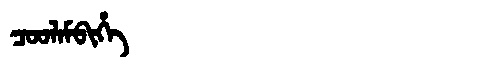
Manchu: ᠴᠣᠣᠯᠠᠮᠪᡳᡥᡝ
Romanization: COOLAMBIHE